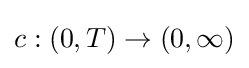
c:(0,T)\to (0,\infty )